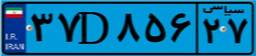
۳۷D۸۵۶۲۷